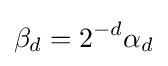
\beta _{d}=2^{-d}\alpha _{d}